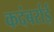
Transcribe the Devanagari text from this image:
कदंबर्राई